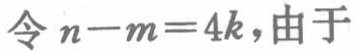
令 \(n - m = 4k\)，由于